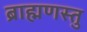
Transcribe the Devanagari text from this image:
ब्राह्मणस्तु